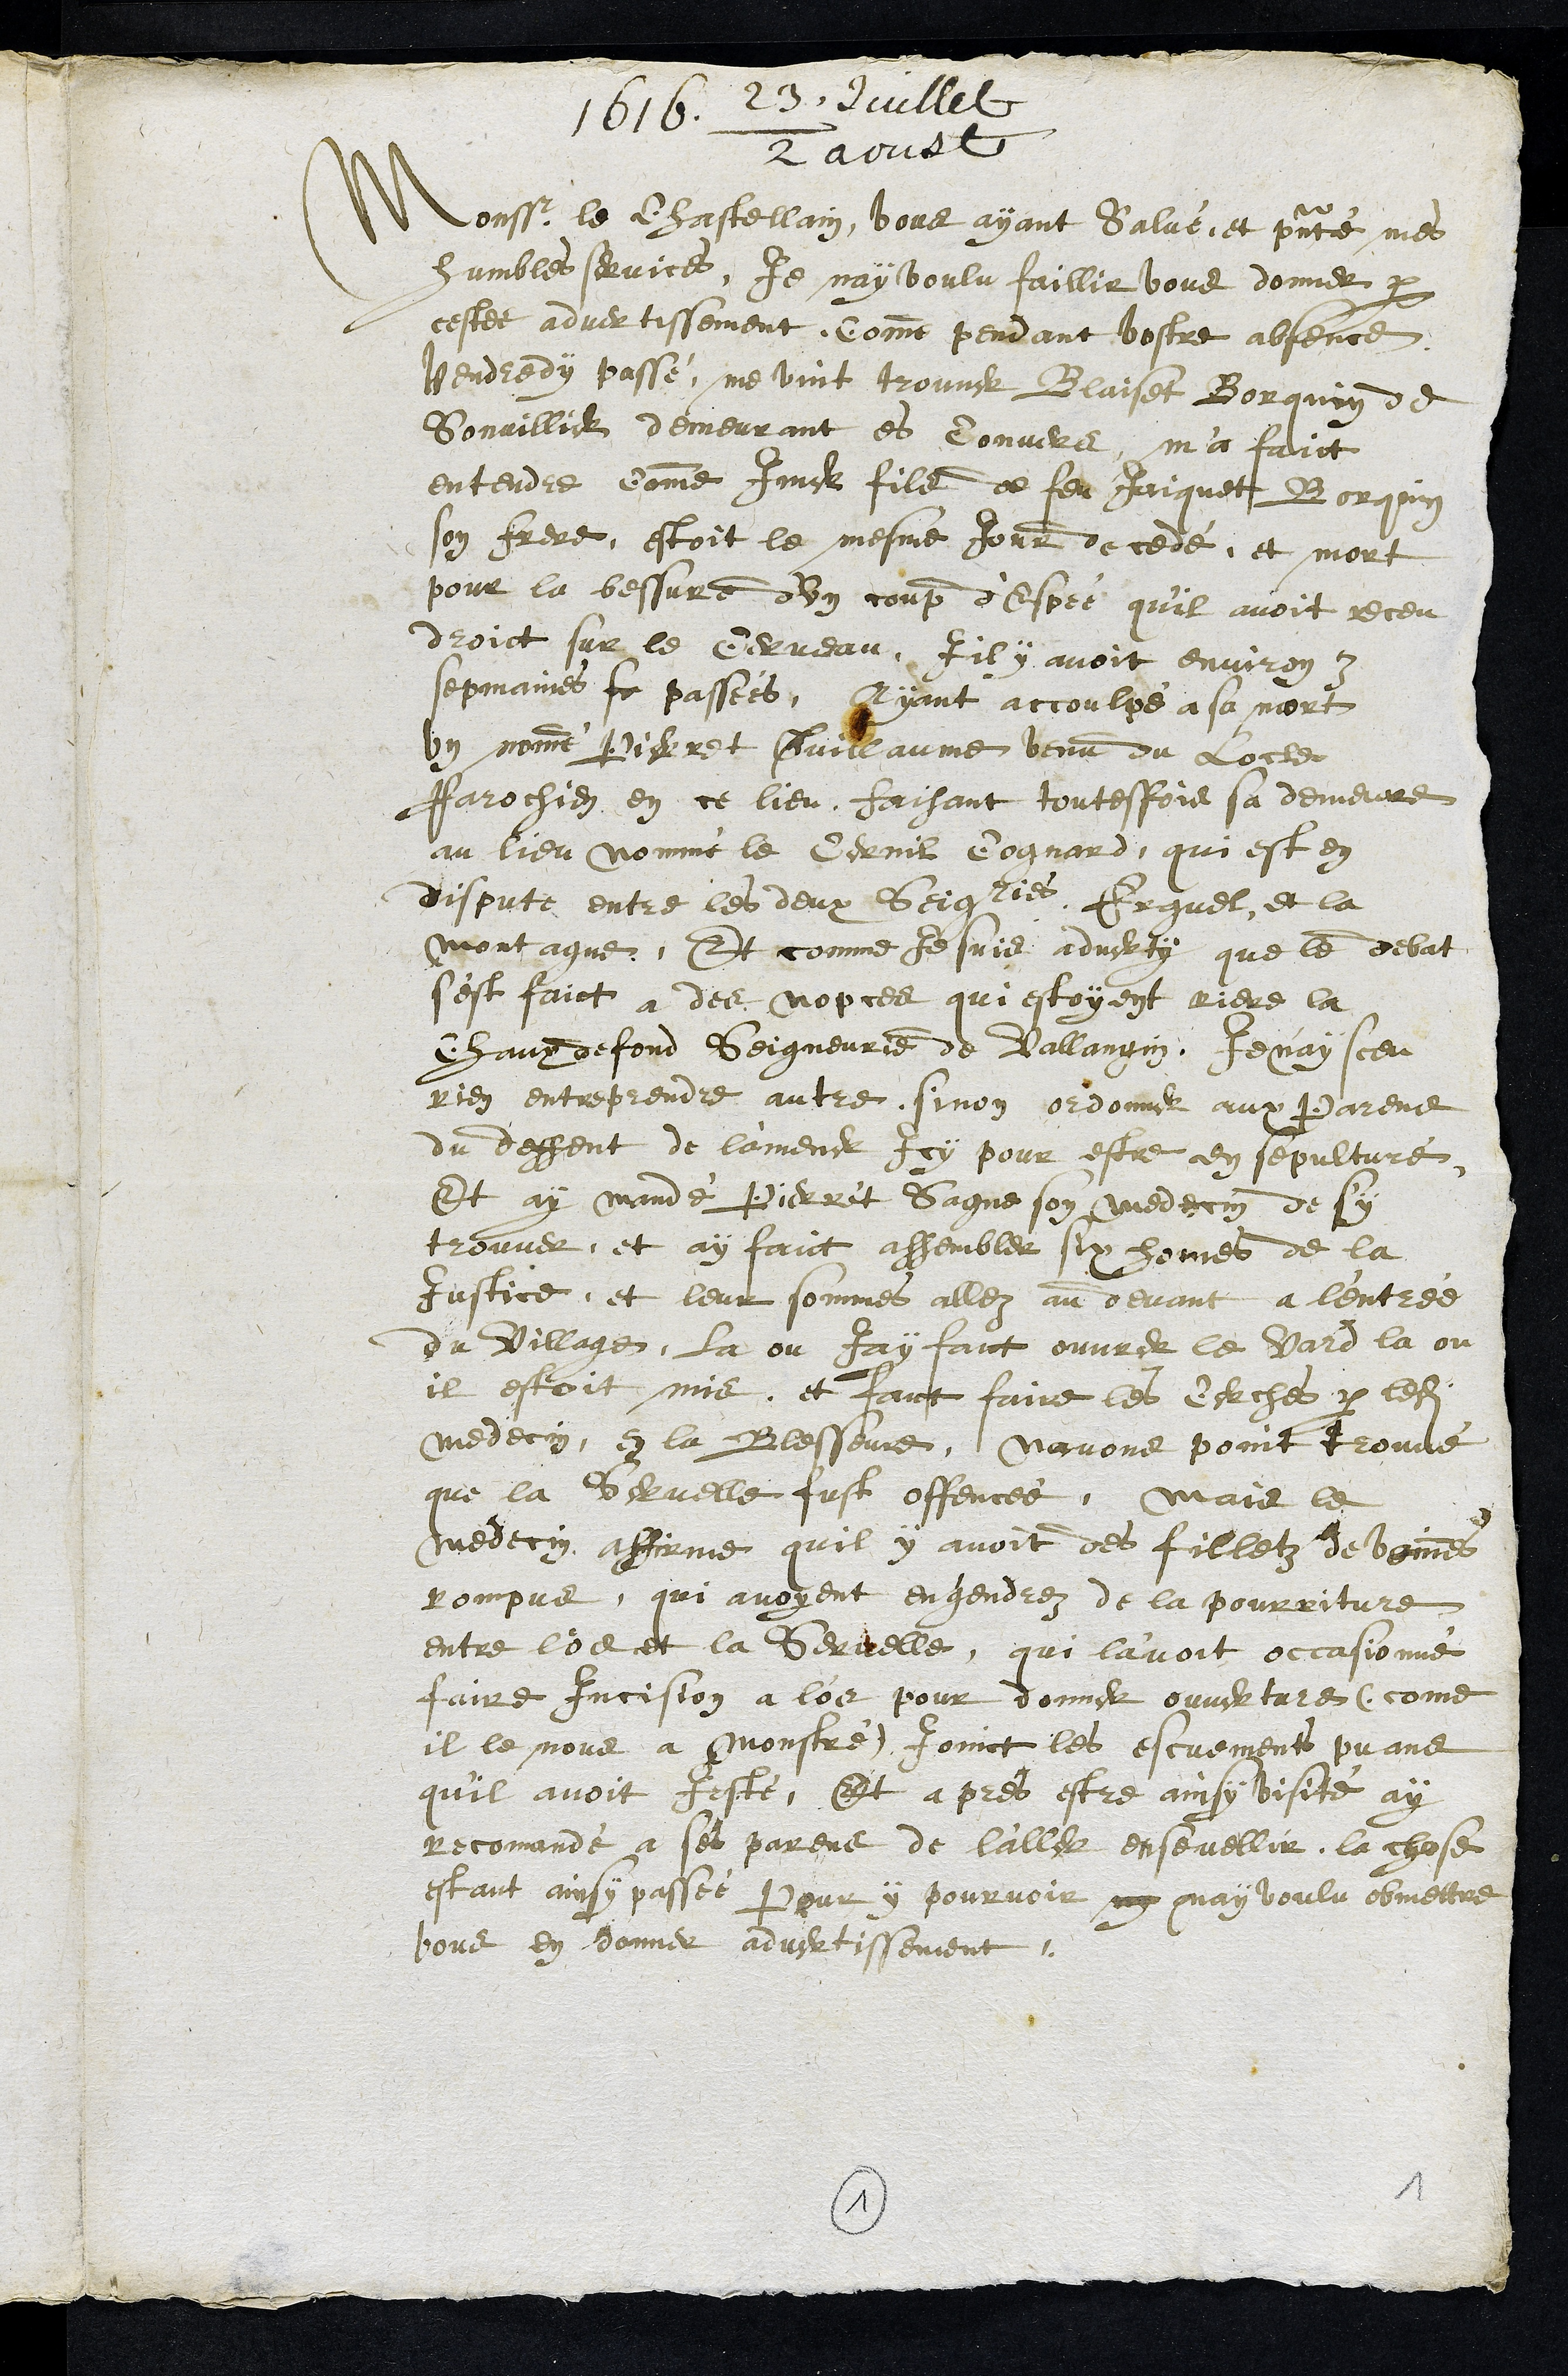
1616. 23 Juillet
/ 2 aoust
Monssr le Chastellain, vous ayant Salué, et presenté mes
humbles service, Je nay voulu faillir vous donner par
cestes advertissement, comme pendant vostre absence
Vendredy passé, me vint trouver Blaiset Borquin de
Sonvillier demeurant es Convers, m'a faict
entendre comme Imer fils de feu Jaiquet Borquin
son frere, estoit le mesme jour decedé, et mort
pour la bessure d'un coup d'Espée qu'il avoit receu
droict sur le Cerveau, Iil y avoit environ 3
sepmaines fe passées, Ayant accoulpé a sa mort
un nommé Pierret Guillaume venu du Locle
Parochien en ce lieu, faisant toutesfois sa demeure
au lieu nommé le Cernil Cognard, qui est en
dispute entre les deux Seigneuries Erguel et la
Montagne, Et comme Je suis adverty que le debat
s'est faict a des nopces qui estoyent riere la
Chaux de fond Seigneurie de Vallangin Je n'ay sceu
rien entreprendre autre, sinon ordonner aux Parens
du deffent de l'amener Icy pour estre en sepulture
Et ay mandé Pierret Saigne son medecin de sy
trouver, et ay faict assembler six homes de la
Justice, et leur sommes allez au devant a l'entrée
du Village, la ou Jay faict ouvrer le vard la ou
il estoit mis, et fait faire les Cerches par ledit
medecin, en la Blesseurre, navons point trouvé
que la Servelle fust offencée, mais le
medecin affirme quil y avoit des filletz de veinnes
rompus, qui avoyent engendrez de la pourriture
entre l'os et la Servelle, qui l'avoit occasionné
faire Incision a l'os pour donner ouverture (comme
il le nous a Monstré) Joinct les escuements puans
quil avoit Jesté, Et apres estre ainsy visité ay
recomandé a ses parens de l'aller ensevellir, la chose
estant ainsy passée Pour y pourvoir ny nay voulu obmettre
vous en donner advertissement
1
1